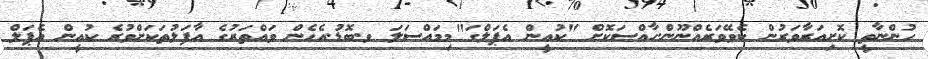
ހުންނާތީ ކޮށިއަރާވަރުން ކެވޭވަރެއްނޫން.ހާއްސަކޮށް "ކުއީން އެޕަލްގަ"މިމައްސަލަ ވ.ބޮޑު.އެހެން ވައްތަރުގެ އާފަލުތަކަށްވުރެ ކުއީން އެޕަލް